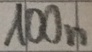
Text: 100n